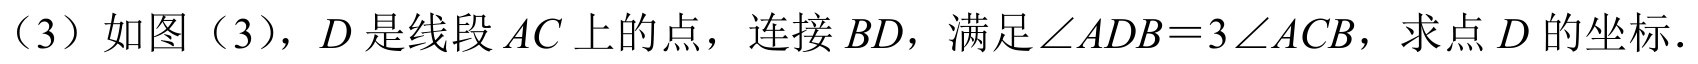
（3）如图（3），\(D\)是线段\(AC\)上的点，连接\(BD\)，满足\(\angle ADB = 3\angle ACB\)，求点\(D\)的坐标.